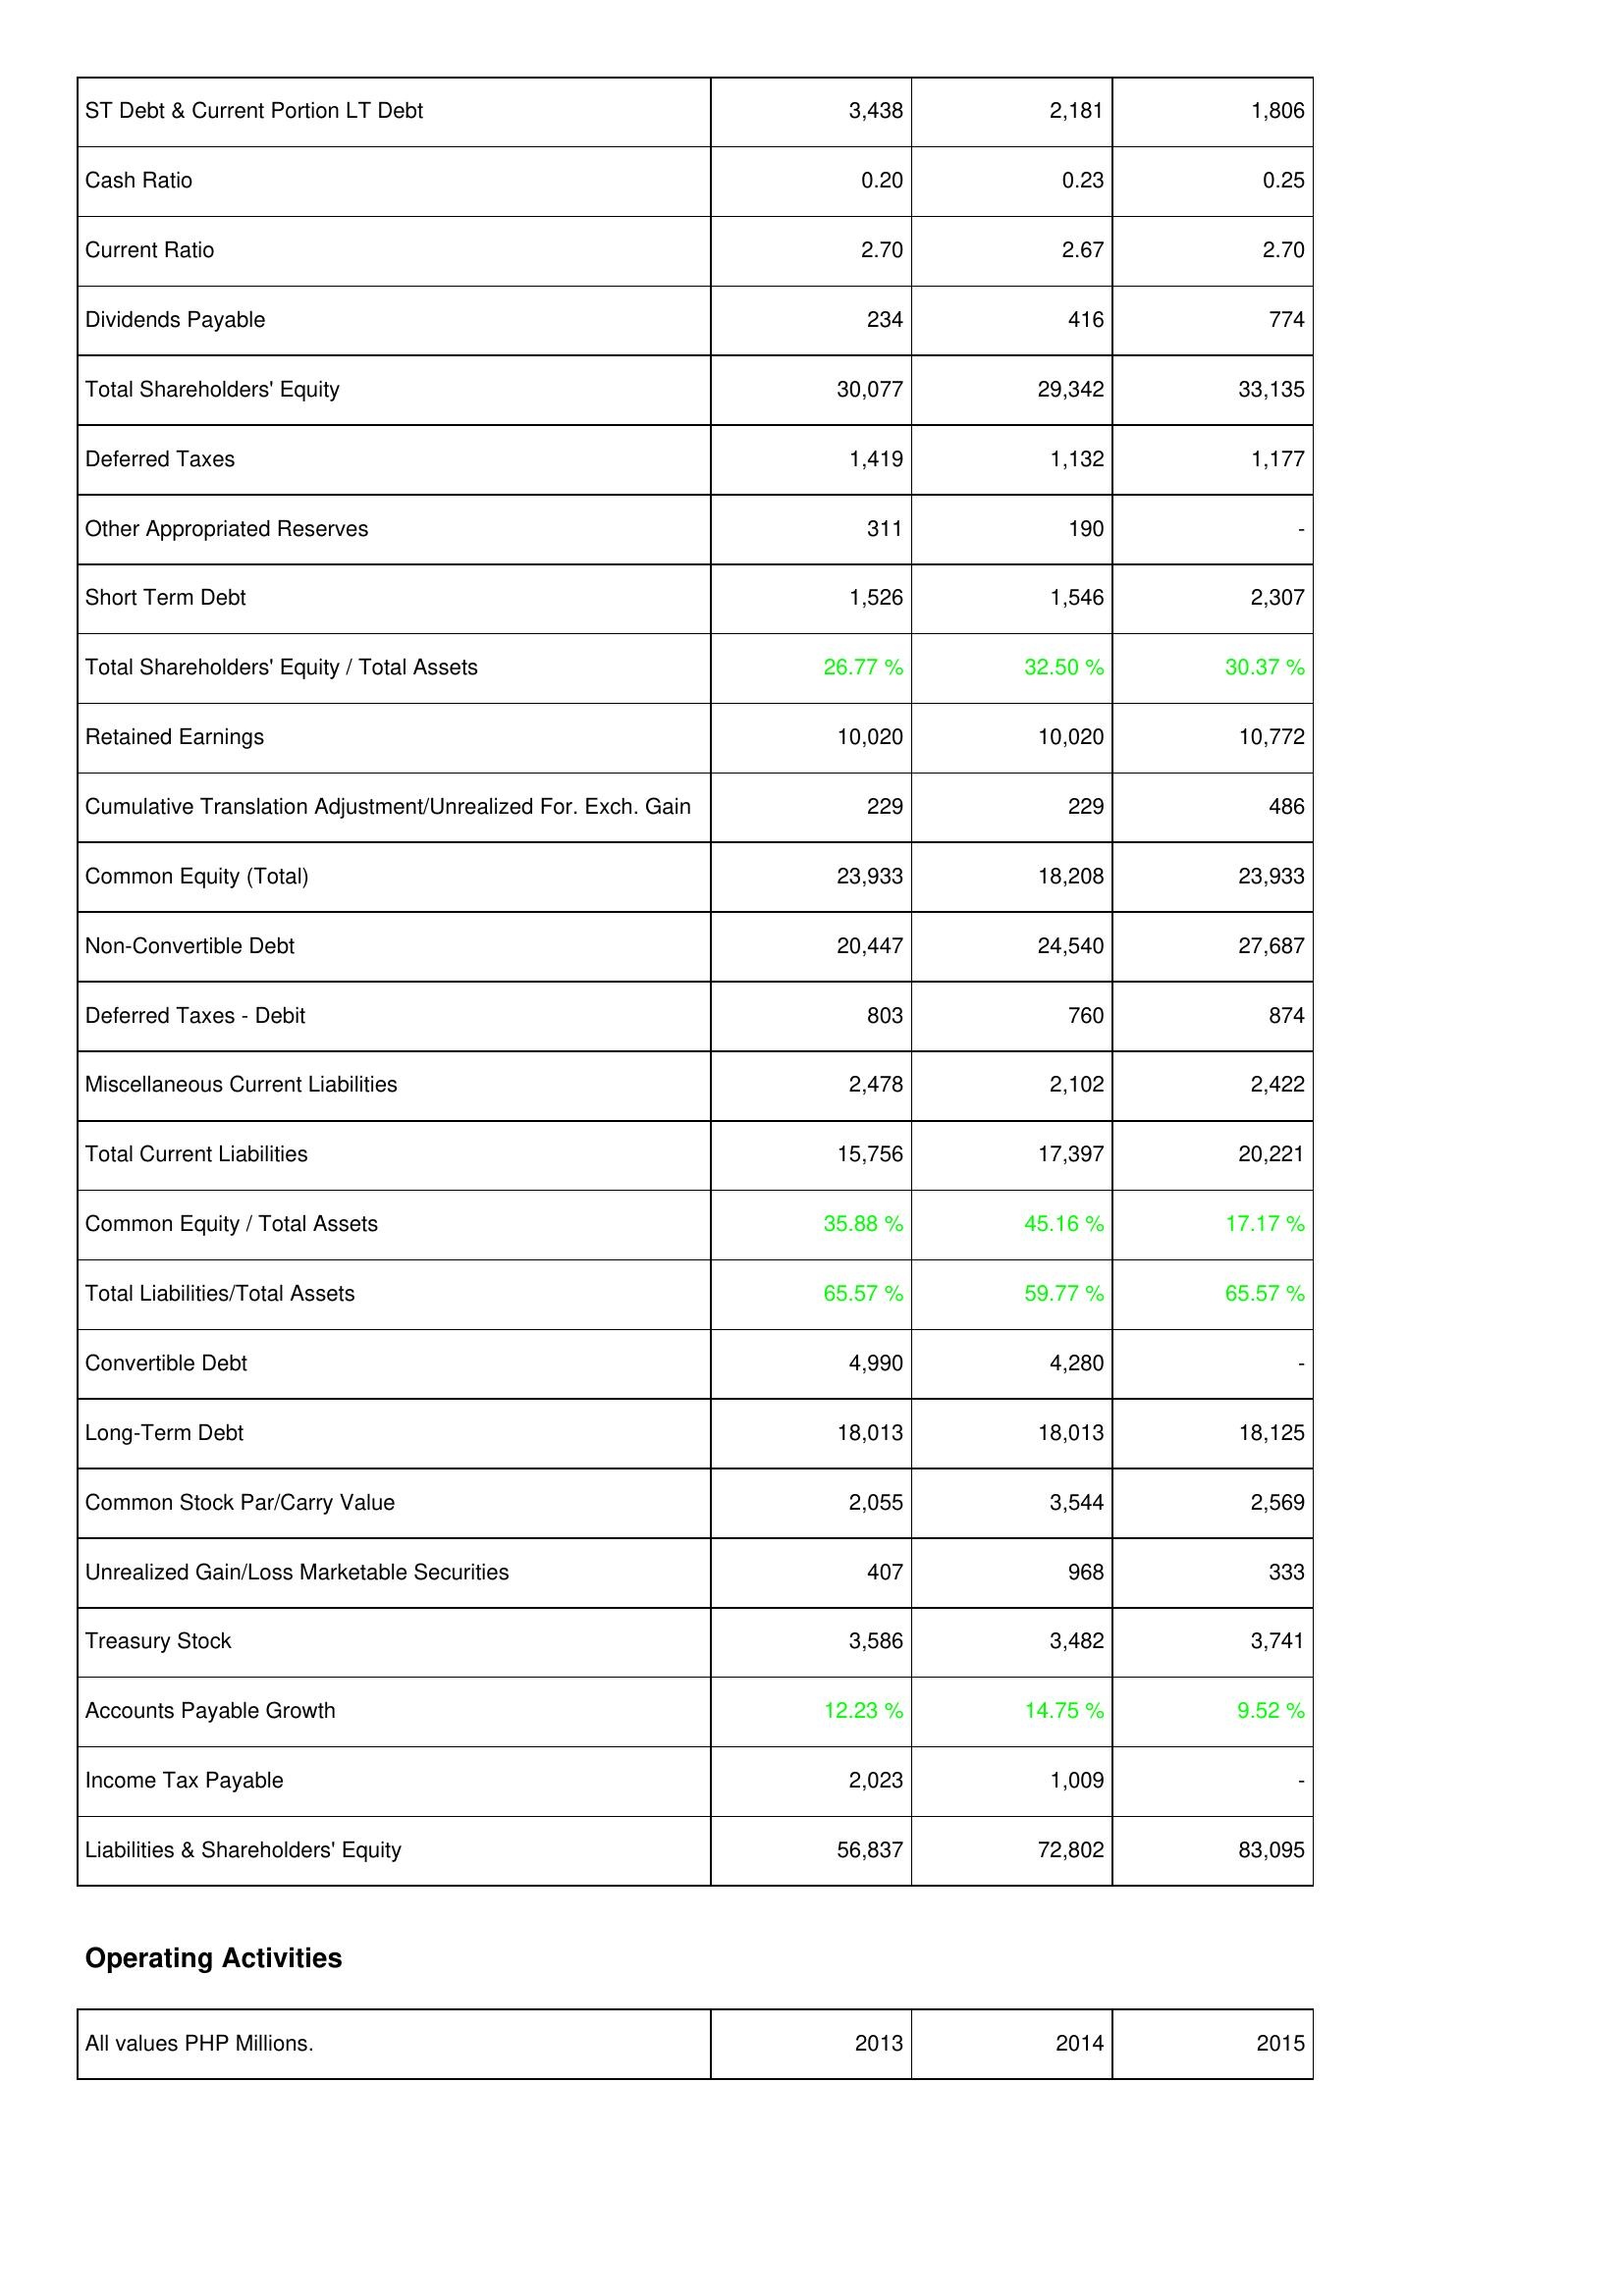
2013: Liabilities & Shareholders' Equity: ST Debt & Current Portion LT Debt: 3,438
Cash Ratio: 0.20
Current Ratio: 2.70
Dividends Payable: 234
Total Shareholders' Equity: 30,077
Deferred Taxes: 1,419
Other Appropriated Reserves: 311
Short Term Debt: 1,526
Total Shareholders' Equity / Total Assets: 26.77 %
Retained Earnings: 10,020
Cumulative Translation Adjustment/Unrealized For. Exch. Gain: 229
Common Equity (Total): 23,933
Non-Convertible Debt: 20,447
Deferred Taxes - Debit: 803
Miscellaneous Current Liabilities: 2,478
Total Current Liabilities: 15,756
Common Equity / Total Assets: 35.88 %
Total Liabilities/Total Assets: 65.57 %
Convertible Debt: 4,990
Long-Term Debt: 18,013
Common Stock Par/Carry Value: 2,055
Unrealized Gain/Loss Marketable Securities: 407
Treasury Stock: 3,586
Accounts Payable Growth: 12.23 %
Income Tax Payable: 2,023
Liabilities & Shareholders' Equity: 56,837
2014: Liabilities & Shareholders' Equity: ST Debt & Current Portion LT Debt: 2,181
Cash Ratio: 0.23
Current Ratio: 2.67
Dividends Payable: 416
Total Shareholders' Equity: 29,342
Deferred Taxes: 1,132
Other Appropriated Reserves: 190
Short Term Debt: 1,546
Total Shareholders' Equity / Total Assets: 32.50 %
Retained Earnings: 10,020
Cumulative Translation Adjustment/Unrealized For. Exch. Gain: 229
Common Equity (Total): 18,208
Non-Convertible Debt: 24,540
Deferred Taxes - Debit: 760
Miscellaneous Current Liabilities: 2,102
Total Current Liabilities: 17,397
Common Equity / Total Assets: 45.16 %
Total Liabilities/Total Assets: 59.77 %
Convertible Debt: 4,280
Long-Term Debt: 18,013
Common Stock Par/Carry Value: 3,544
Unrealized Gain/Loss Marketable Securities: 968
Treasury Stock: 3,482
Accounts Payable Growth: 14.75 %
Income Tax Payable: 1,009
Liabilities & Shareholders' Equity: 72,802
2015: Liabilities & Shareholders' Equity: ST Debt & Current Portion LT Debt: 1,806
Cash Ratio: 0.25
Current Ratio: 2.70
Dividends Payable: 774
Total Shareholders' Equity: 33,135
Deferred Taxes: 1,177
Other Appropriated Reserves: -
Short Term Debt: 2,307
Total Shareholders' Equity / Total Assets: 30.37 %
Retained Earnings: 10,772
Cumulative Translation Adjustment/Unrealized For. Exch. Gain: 486
Common Equity (Total): 23,933
Non-Convertible Debt: 27,687
Deferred Taxes - Debit: 874
Miscellaneous Current Liabilities: 2,422
Total Current Liabilities: 20,221
Common Equity / Total Assets: 17.17 %
Total Liabilities/Total Assets: 65.57 %
Convertible Debt: -
Long-Term Debt: 18,125
Common Stock Par/Carry Value: 2,569
Unrealized Gain/Loss Marketable Securities: 333
Treasury Stock: 3,741
Accounts Payable Growth: 9.52 %
Income Tax Payable: -
Liabilities & Shareholders' Equity: 83,095